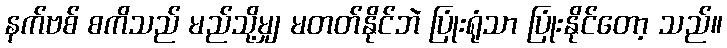
နက်ဗစ် စကိသည် မည်သို့မျှ မတတ်နိုင်ဘဲ ပြုံးရုံသာ ပြုံးနိုင်တော့ သည်။